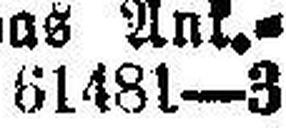
61481—3